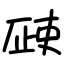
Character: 𣦆